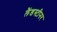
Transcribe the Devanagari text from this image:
लैंडस्टीनर